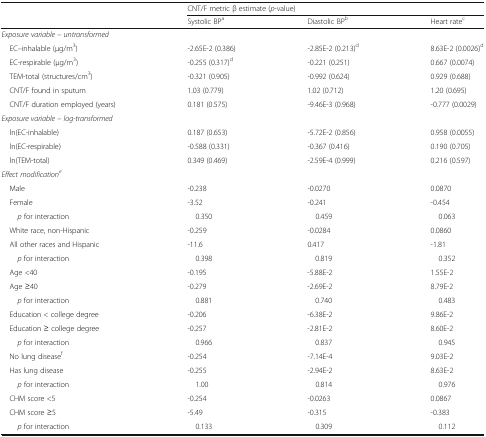
<table><thead><tr><td rowspan="2"></td><td colspan="3"><b>CNT/F metric β estimate (<i>p</i>-value)</b></td></tr><tr><td><b>Systolic BP<sup>a</sup></b></td><td><b>Diastolic BP<sup>b</sup></b></td><td><b>Heart rate<sup>c</sup></b></td></tr></thead><tbody><tr><td colspan="4"><i>Exposure variable – untransformed</i></td></tr><tr><td> EC–inhalable (μg/m<sup>3</sup>)</td><td>-2.65E-2 (0.386)</td><td>-2.85E-2 (0.213)<sup>d</sup></td><td>8.63E-2 (0.0026)<sup>d</sup></td></tr><tr><td> EC-respirable (μg/m<sup>3</sup>)</td><td>-0.255 (0.317)<sup>d</sup></td><td>-0.221 (0.251)</td><td>0.667 (0.0074)</td></tr><tr><td> TEM-total (structures/cm<sup>3</sup>)</td><td>-0.321 (0.905)</td><td>-0.992 (0.624)</td><td>0.929 (0.688)</td></tr><tr><td> CNT/F found in sputum</td><td>1.03 (0.779)</td><td>1.02 (0.712)</td><td>1.20 (0.695)</td></tr><tr><td> CNT/F duration employed (years)</td><td>0.181 (0.575)</td><td>-9.46E-3 (0.968)</td><td>-0.777 (0.0029)</td></tr><tr><td colspan="4"><i>Exposure variable – log-transformed</i></td></tr><tr><td> ln(EC-inhalable)</td><td>0.187 (0.653)</td><td>-5.72E-2 (0.856)</td><td>0.958 (0.0055)</td></tr><tr><td> ln(EC-respirable)</td><td>-0.588 (0.331)</td><td>-0.367 (0.416)</td><td>0.190 (0.705)</td></tr><tr><td> ln(TEM-total)</td><td>0.349 (0.469)</td><td>-2.59E-4 (0.999)</td><td>0.216 (0.597)</td></tr><tr><td colspan="4"><i>Effect modification</i><sup><i>e</i></sup></td></tr><tr><td> Male</td><td>-0.238</td><td>-0.0270</td><td>0.0870</td></tr><tr><td> Female</td><td>-3.52</td><td>-0.241</td><td>-0.454</td></tr><tr><td><i>p</i> for interaction</td><td> 0.350</td><td> 0.459</td><td> 0.063</td></tr><tr><td> White race, non-Hispanic</td><td>-0.259</td><td>-0.0284</td><td>0.0860</td></tr><tr><td> All other races and Hispanic</td><td>-11.6</td><td>0.417</td><td>-1.81</td></tr><tr><td><i>p</i> for interaction</td><td> 0.398</td><td> 0.819</td><td> 0.352</td></tr><tr><td> Age &lt;40</td><td>-0.195</td><td>-5.88E-2</td><td>1.55E-2</td></tr><tr><td> Age ≥40</td><td>-0.279</td><td>-2.69E-2</td><td>8.79E-2</td></tr><tr><td><i>p</i> for interaction</td><td> 0.881</td><td> 0.740</td><td> 0.483</td></tr><tr><td> Education &lt; college degree</td><td>-0.206</td><td>-6.38E-2</td><td>9.86E-2</td></tr><tr><td> Education ≥ college degree</td><td>-0.257</td><td>-2.81E-2</td><td>8.60E-2</td></tr><tr><td><i>p</i> for interaction</td><td> 0.966</td><td> 0.837</td><td> 0.945</td></tr><tr><td> No lung disease<sup>f</sup></td><td>-0.254</td><td>-7.14E-4</td><td>9.03E-2</td></tr><tr><td> Has lung disease</td><td>-0.255</td><td>-2.94E-2</td><td>8.63E-2</td></tr><tr><td><i>p</i> for interaction</td><td> 1.00</td><td> 0.814</td><td> 0.976</td></tr><tr><td> CHM score &lt;5</td><td>-0.254</td><td>-0.0263</td><td>0.0867</td></tr><tr><td> CHM score ≥5</td><td>-5.49</td><td>-0.315</td><td>-0.383</td></tr><tr><td><i>p</i> for interaction</td><td> 0.133</td><td> 0.309</td><td> 0.112</td></tr></tbody></table>